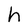
Character: h